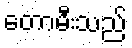
တောမီးသည်